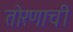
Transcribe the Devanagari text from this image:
तोरणाची